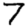
Digit: 7